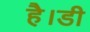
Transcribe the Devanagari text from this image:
है।डी